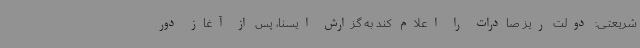
شریعتی: دولت ریز صادرات را اعلام کند به گزارش ایسنا، پس از آغاز دور